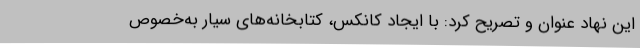
این نهاد عنوان و تصریح کرد: با ایجاد کانکس، کتابخانه‌های سیار به‌خصوص